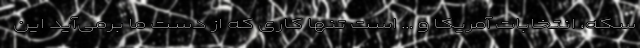
سکه، انتخابات آمریکا و ... است تنها کاری که از دست ما برمی‌آید این